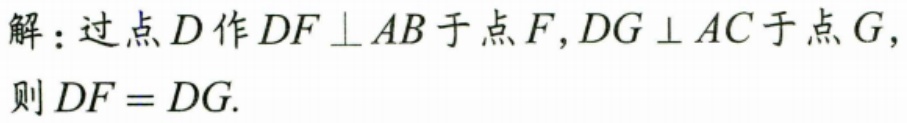
解：过点\(D\)作\(DF\perp AB\)于点\(F\)，\(DG\perp AC\)于点\(G\)，
则\(DF = DG.\)